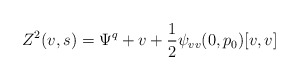
\begin{align*}Z^2(v,s) = \Psi^q + v + \frac 12 \psi_{vv}(0,p_0)[v,v]\end{align*}